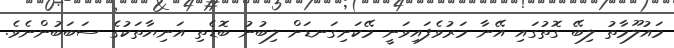
މައުލޫމާތު ލިބޭ ގޮތުގައި އޭނާ މަރުވެފައިވަނީ މޭކަށިގަނޑަށް ލިބުނު ބޮޑެތި އަނިޔާތަކުގެ ސަބަބުންނެވެ.